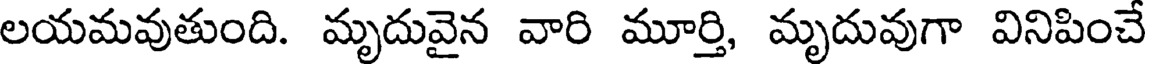
లయమవుతుంది. మృదువైన వారి మూర్తి, మృదువుగా వినిపించే